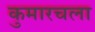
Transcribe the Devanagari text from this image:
कुमारचला